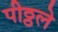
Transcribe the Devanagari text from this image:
पीठ्ठले